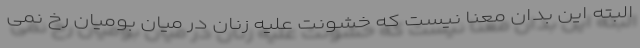
البته این بدان معنا نیست که خشونت علیه زنان در میان بومیان رخ نمی